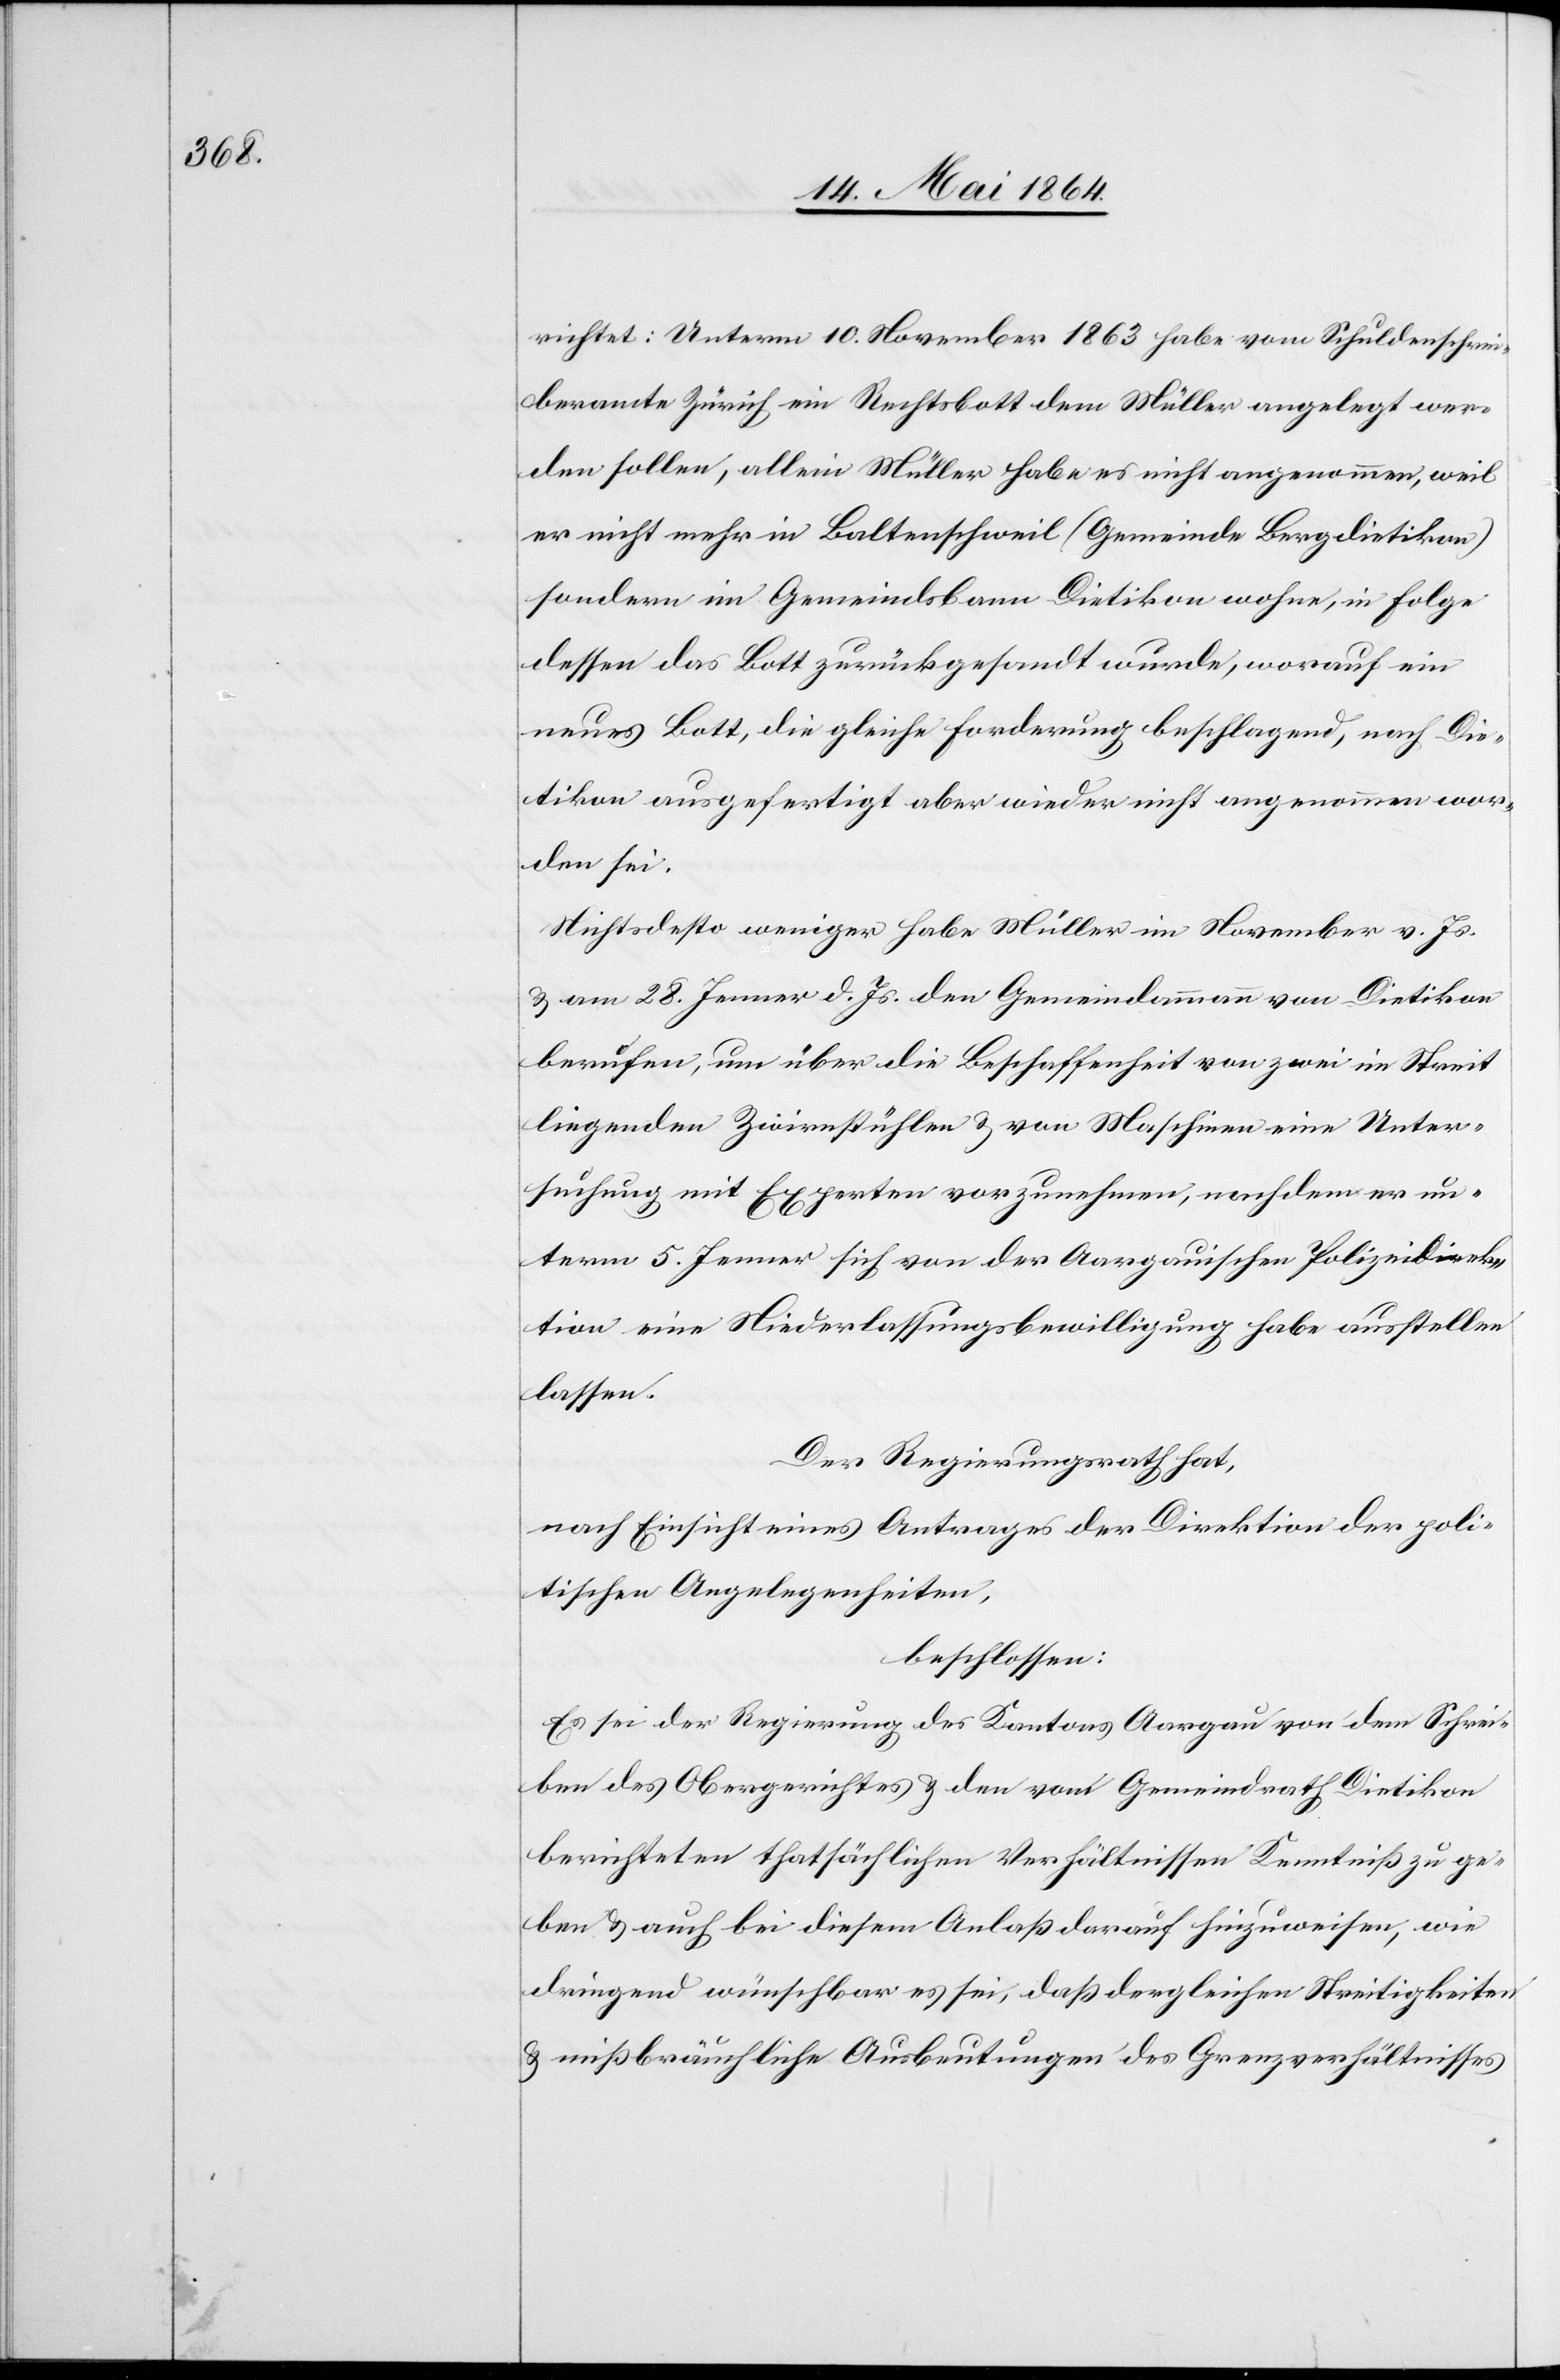
richtet: Unterm 10. November 1863 habe vom Schuldenschrei¬
beramte Zürich ein Rechtsbott dem Müller angelegt wer¬
den sollen, allein Müller habe es nicht angenommen, weil
er nicht mehr in Baltenschweil (Gemeinde Bergdietikon)
sondern im Gemeindsbann Dietikon wohne, in Folge
dessen das Bott zurückgesandt wurde, worauf ein
neues Bott, die gleiche Forderung beschlagend, nach Die¬
tikon ausgefertigt aber wieder nicht angenommen wor¬
den sei.
Nichtsdesto weniger habe Müller im November v. Js.
u. am 28. Jenner d. Js. den Gemeindammann von Dietikon
berufen, um über die Beschaffenheit von zwei im Streit
liegenden Zwirrstühlen u. von Maschinen eine Unter¬
suchung mit Experten vorzunehmen, nachdem er un¬
term 5. Jenner sich von der Aargauischen Polizeidirek¬
tion eine Niederlassungsbewilligung habe ausstellen
lassen.
Der Regierungsrath hat,
nach Einsicht eines Antrages der Direktion der poli¬
tischen Angelegenheiten,
beschlossen:
Es sei der Regierung des Kantons Aargau von dem Schrei¬
ben des Obergerichtes u. den vom Gemeindrath Dietikon
berichteten thatsächlichen Verhältnissen Kenntniß zu ge¬
ben u. auch bei diesem Anlaß darauf hinzuweisen, wie
dringend wünschbar es sei, daß dergleichen Streitigkeiten
u. mißbräuchliche Ausbeutungen des Grenzverhältnisses